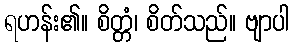
ရဟန်း၏။ စိတ္တံ၊ စိတ်သည်။ ဗျာပါ